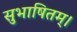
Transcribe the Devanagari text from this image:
सुभाषितम्।